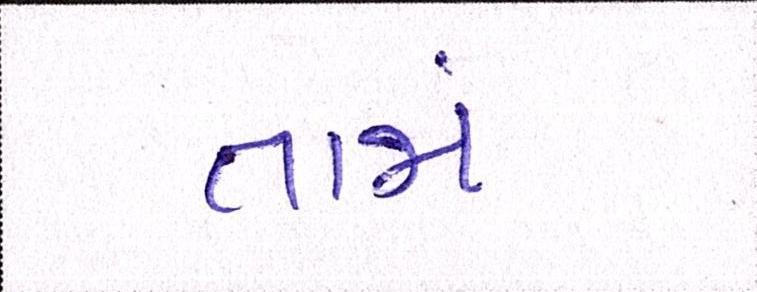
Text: તાજાં